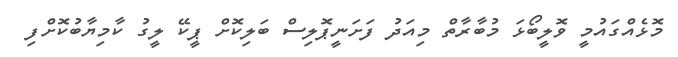
މޮޅެއްގައުމީ ވޮލީބޯޅަ މުބާރާތް މިއަދު ފަށަނީޕޮލިސް ބަލިކޮށް ޕީކޭ ލީގު ކާމިޔާބުކޮށްފި